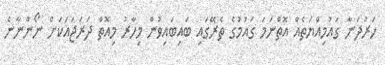
ހަރުދަނާ ގައުމިއްޔަތެއް އޮތްނަމަ ގައުމުގެ ތެރޭގައި ބައިބައިވުން މިހާރު މިއޮތް ދަރަޖައަކަށް ނޯންނާނެ